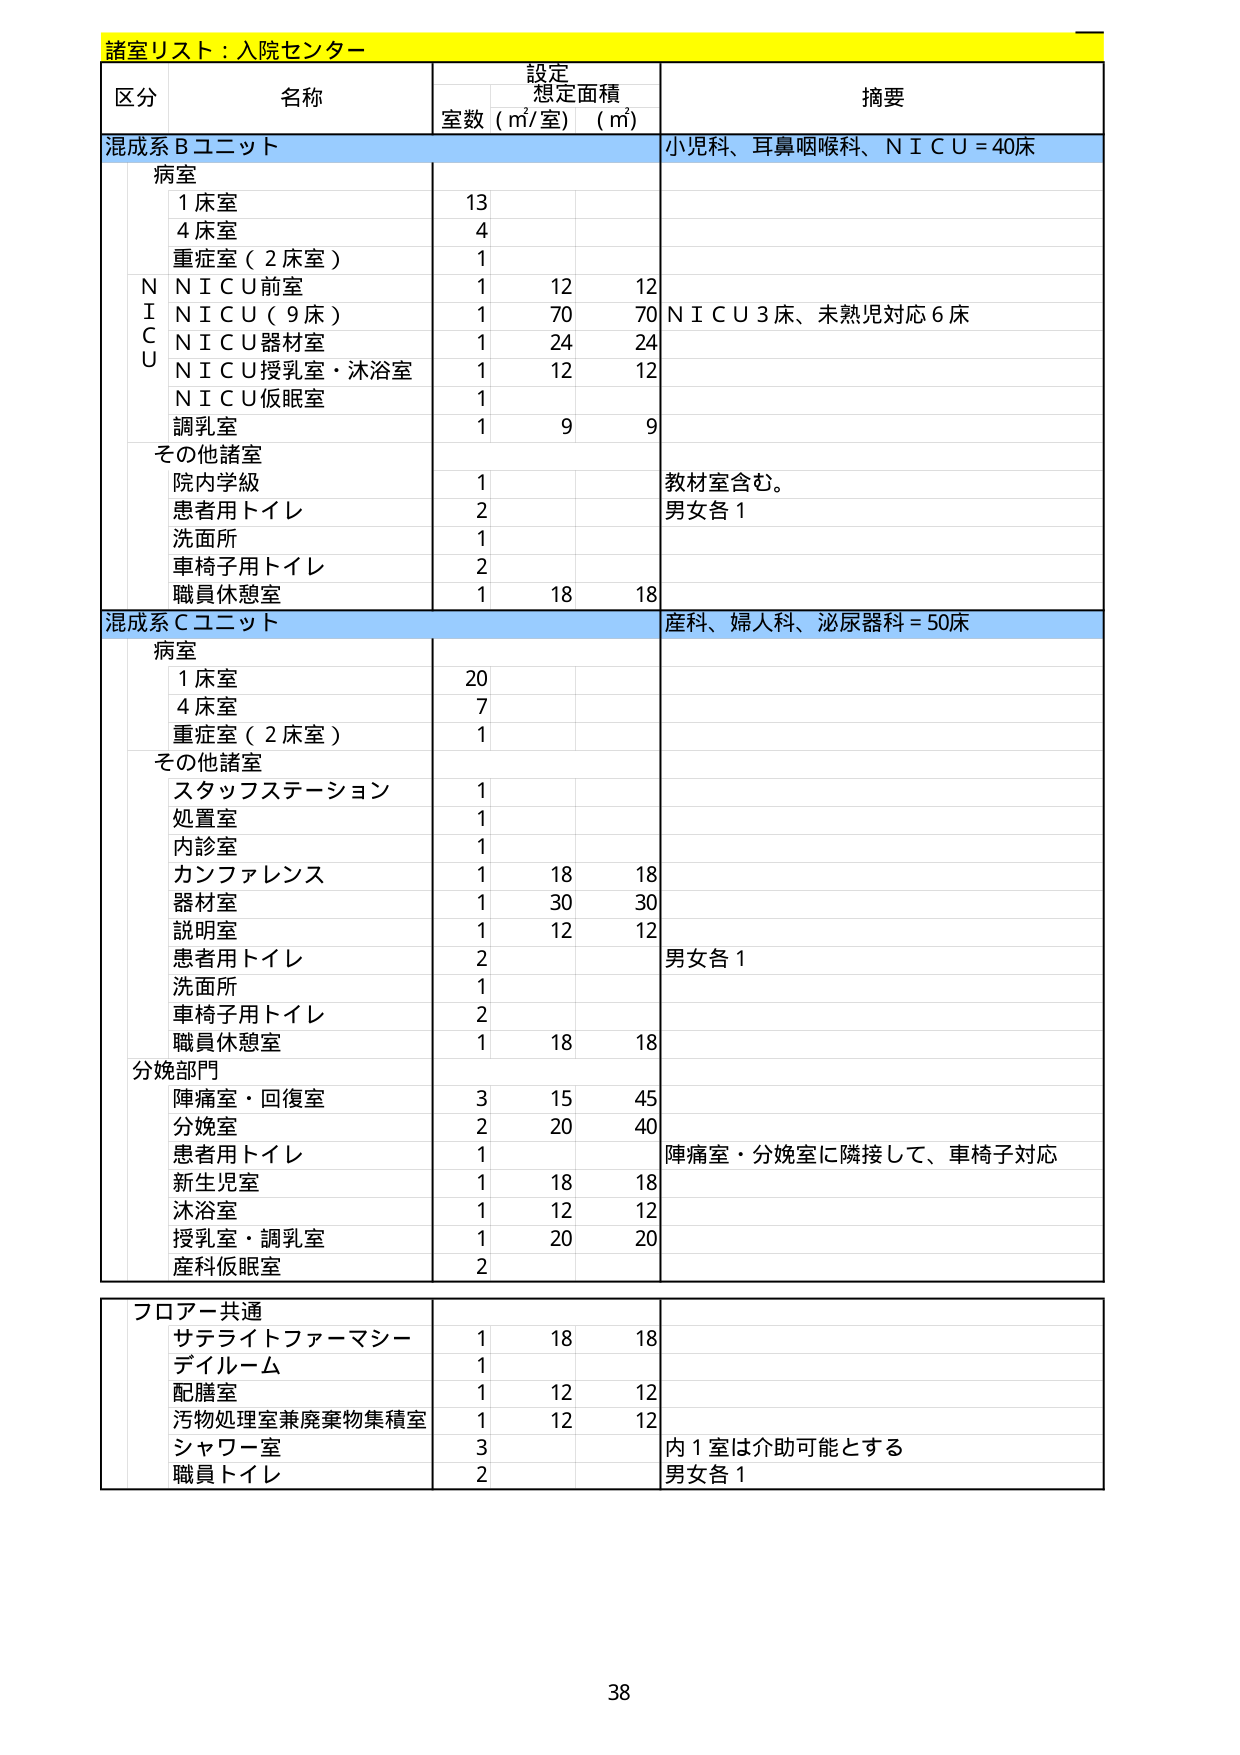
諸室リスト：入院センター

区分 名称 設定 想定面積 摘要
室数 (㎡/室) (㎡)

混成系Ｂユニット 小児科、耳鼻咽喉科、ＮＩＣＵ＝40床
病室
　1床室 13
　4床室 4
　重症室（2床室） 1
ＮＩＣＵ
　ＮＩＣＵ前室 1 12 12
　ＮＩＣＵ（9床） 1 70 70 ＮＩＣＵ3床、未熟児対応6床
　ＮＩＣＵ器材室 1 24 24
　ＮＩＣＵ授乳室・沐浴室 1 12 12
　ＮＩＣＵ仮眠室 1
　調乳室 1 9 9
その他諸室
　院内学級 1 教材室含む。
　患者用トイレ 2 男女各1
　洗面所 1
　車椅子用トイレ 2
　職員休憩室 1 18 18

混成系Ｃユニット 産科、婦人科、泌尿器科＝50床
病室
　1床室 20
　4床室 7
　重症室（2床室） 1
その他諸室
　スタッフステーション 1
　処置室 1
　内診室 1
　カンファレンス 1 18 18
　器材室 1 30 30
　説明室 1 12 12
　患者用トイレ 2 男女各1
　洗面所 1
　車椅子用トイレ 2
　職員休憩室 1 18 18
分娩部門
　陣痛室・回復室 3 15 45
　分娩室 2 20 40
　患者用トイレ 1 陣痛室・分娩室に隣接して、車椅子対応
　新生児室 1 18 18
　沐浴室 1 12 12
　授乳室・調乳室 1 20 20
　産科仮眠室 2

フロアー共通
　サテライトファーマシー 1 18 18
　ディルーム 1
　配膳室 1 12 12
　汚物処理室兼廃棄物集積室 1 12 12
　シャワー室 3 内1室は介助可能とする
　職員トイレ 2 男女各1

38